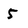
Character: 5